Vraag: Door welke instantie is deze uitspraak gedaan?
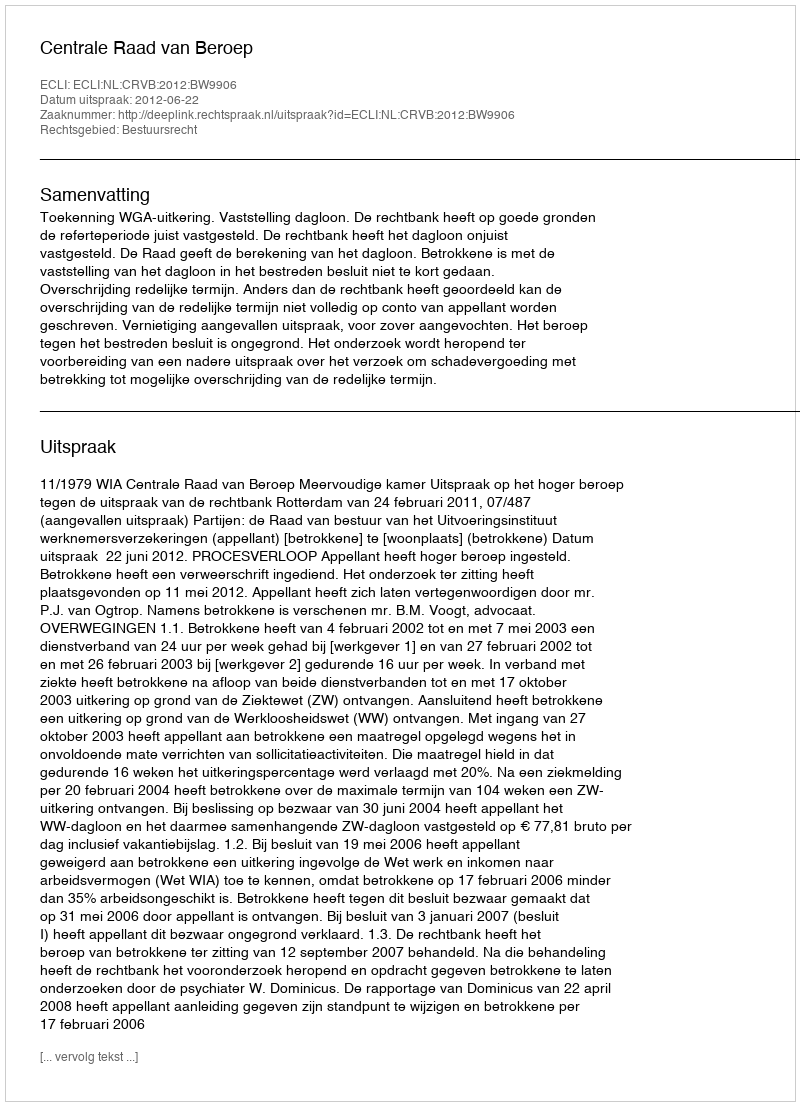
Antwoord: Centrale Raad van Beroep